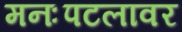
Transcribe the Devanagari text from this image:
मनःपटलावर